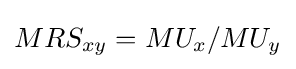
MRS_{xy}=MU_{x}/MU_{y}